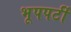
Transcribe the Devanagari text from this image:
भूपपर्टी